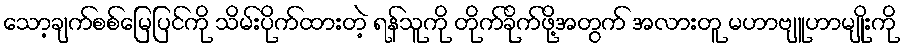
သော့ချက်စစ်မြေပြင်ကို သိမ်းပိုက်ထားတဲ့ ရန်သူကို တိုက်ခိုက်ဖို့အတွက် အလားတူ မဟာဗျူဟာမျိုးကို